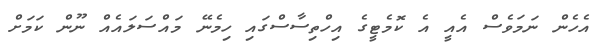
އެހެން ނަމަވެސް އެއީ އެ ކޮމެޓީގެ އިހްތިސާސްގައި ހިމެނޭ މައްސަލައެއް ނޫން ކަމަށް